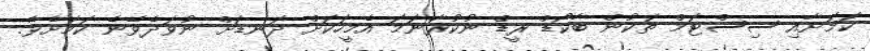
ކަމަށާއި ސިސްޓަމް ތަކުން ބާކޯޑް ރީޑް ނުކުރާނަމަ އެމީހަކަށް ދަނޑަށް ނުވަދެވޭނެ ކަމަށެވެ.